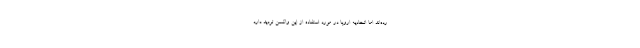
رده‌اند اما اتحادیه‌ اروپا در مورد استفاده از این واکسن تردید دارد.